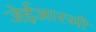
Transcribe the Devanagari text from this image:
जेईआरसी